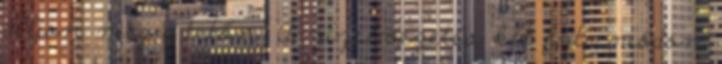
álljon meg a tetőn. A vízelvezetés két fajta módon